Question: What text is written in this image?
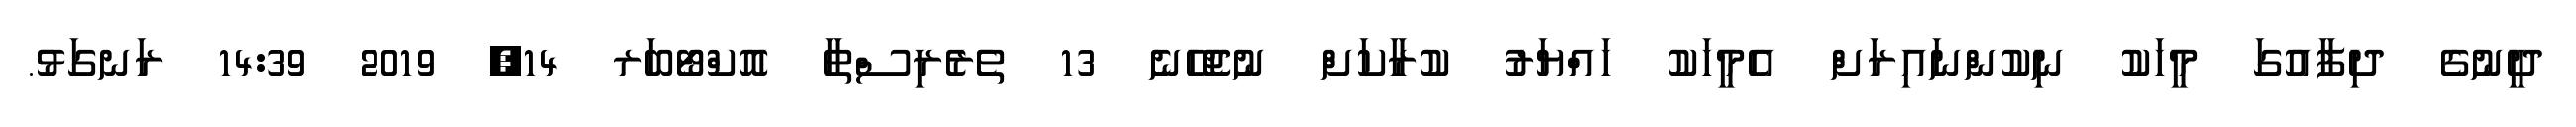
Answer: ދީނުގެ ދިފާއުގަ މީހަކު ނިކުންނައިރަށް އެމީހަކު ހައްޔަރު ކުރާކަށް ނުޖެހޭނެ 13 ތެރެރިސްތާ އޮކްޓޯބަރ 14, 2019 14:39 ރަނގަޅު.